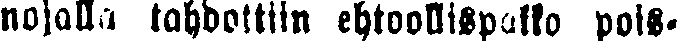
nojalla tahdottiin ehtoollispakko pois-